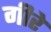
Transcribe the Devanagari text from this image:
गीरे